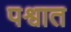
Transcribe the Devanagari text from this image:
पश्वात